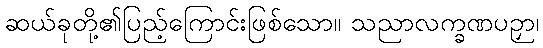
ဆယ်ခုတို့၏ပြည့်ကြောင်းဖြစ်သော။ သညာလက္ခဏပဉှာ၊